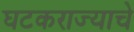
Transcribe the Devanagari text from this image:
घटकराज्याचे